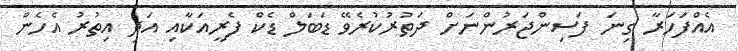
އެއްފަހަރާ ގިނަ ފަސިންޖަރުންނަށް ދަތުރުކުރެވޭ ޑަބަލް ޑެކް ފެރީއަކާއި އަދި އިތުރު އެހެން